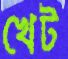
খেট